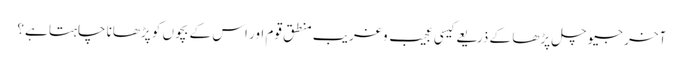
آخر جیو چل پڑھا کے ذریعے کیسی عجیب و غریب منطق قوم اور اس کے بچوں کو پڑھانا چاہتا ہے؟